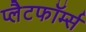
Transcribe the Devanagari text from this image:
प्लैटफॉर्म्स